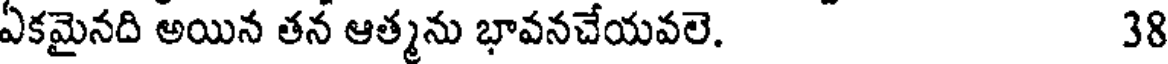
ఏకమైనది అయిన తన ఆత్మను భావనచేయవలె. 38